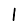
Digit: 1